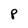
Character: P